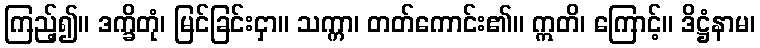
ကြည့်၍။ ဒက္ခိတုံ၊ မြင်ခြင်းငှာ။ သက္ကာ၊ တတ်ကောင်း၏။ ဣတိ၊ ကြောင့်။ ဒိဋ္ဌံနာမ၊